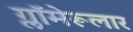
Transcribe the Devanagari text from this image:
ग्लॉमेरूलार